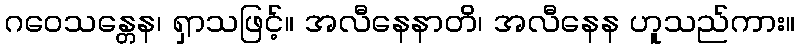
ဂဝေသန္တေန၊ ရှာသဖြင့်။ အလီနေနာတိ၊ အလီနေန ဟူသည်ကား။